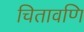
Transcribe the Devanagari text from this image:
चितावणि